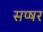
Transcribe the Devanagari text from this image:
सप्षर